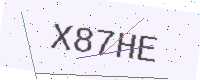
Text: X87HE